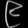
Digit: ၉